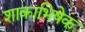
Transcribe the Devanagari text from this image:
शाकाभिषेक